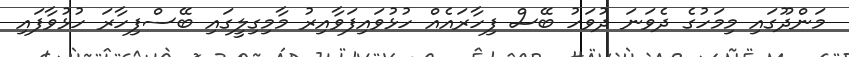
މަންދޫގައި މިމަހުގެ ދެވަނަ ދުވަހު ބޭސް ފިހާރައެއް ހުޅުވައިފަވާއިރު މާމިގިލީގައި ބޭސްފިހާރަ ހުޅުވާފައި